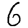
Digit: 6